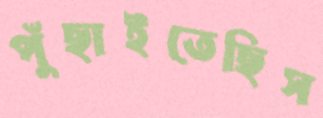
পুঁছাইতেছিস